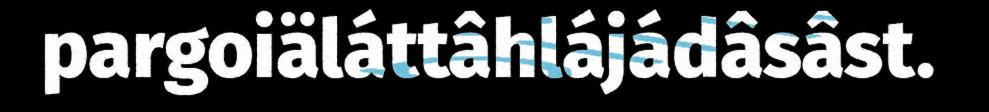
pargoiäláttâhlájádâsâst.